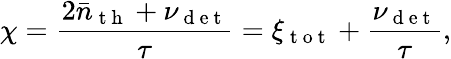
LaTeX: \chi=\frac{2\bar{n}_{\mathrm{~t~h~}}+\nu_{\mathrm{~d~e~t~}}}{\tau}=\xi_{\mathrm{~t~o~t~}}+\frac{\nu_{\mathrm{~d~e~t~}}}{\tau},